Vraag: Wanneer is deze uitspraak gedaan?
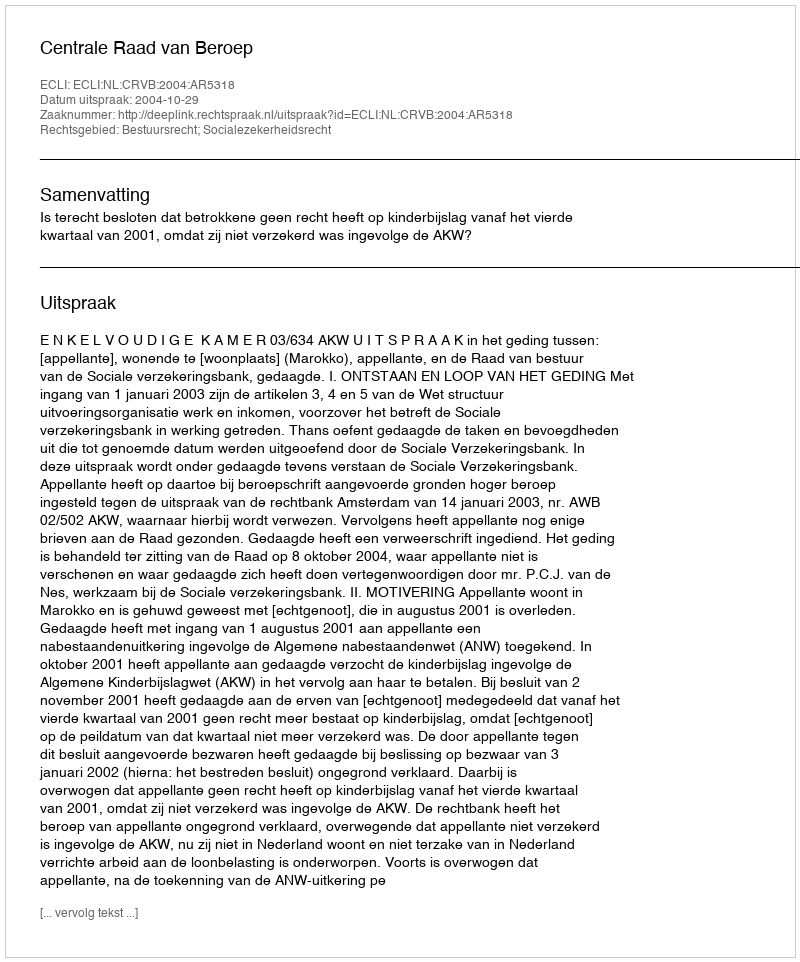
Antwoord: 2004-10-29